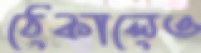
ঠেকালেও